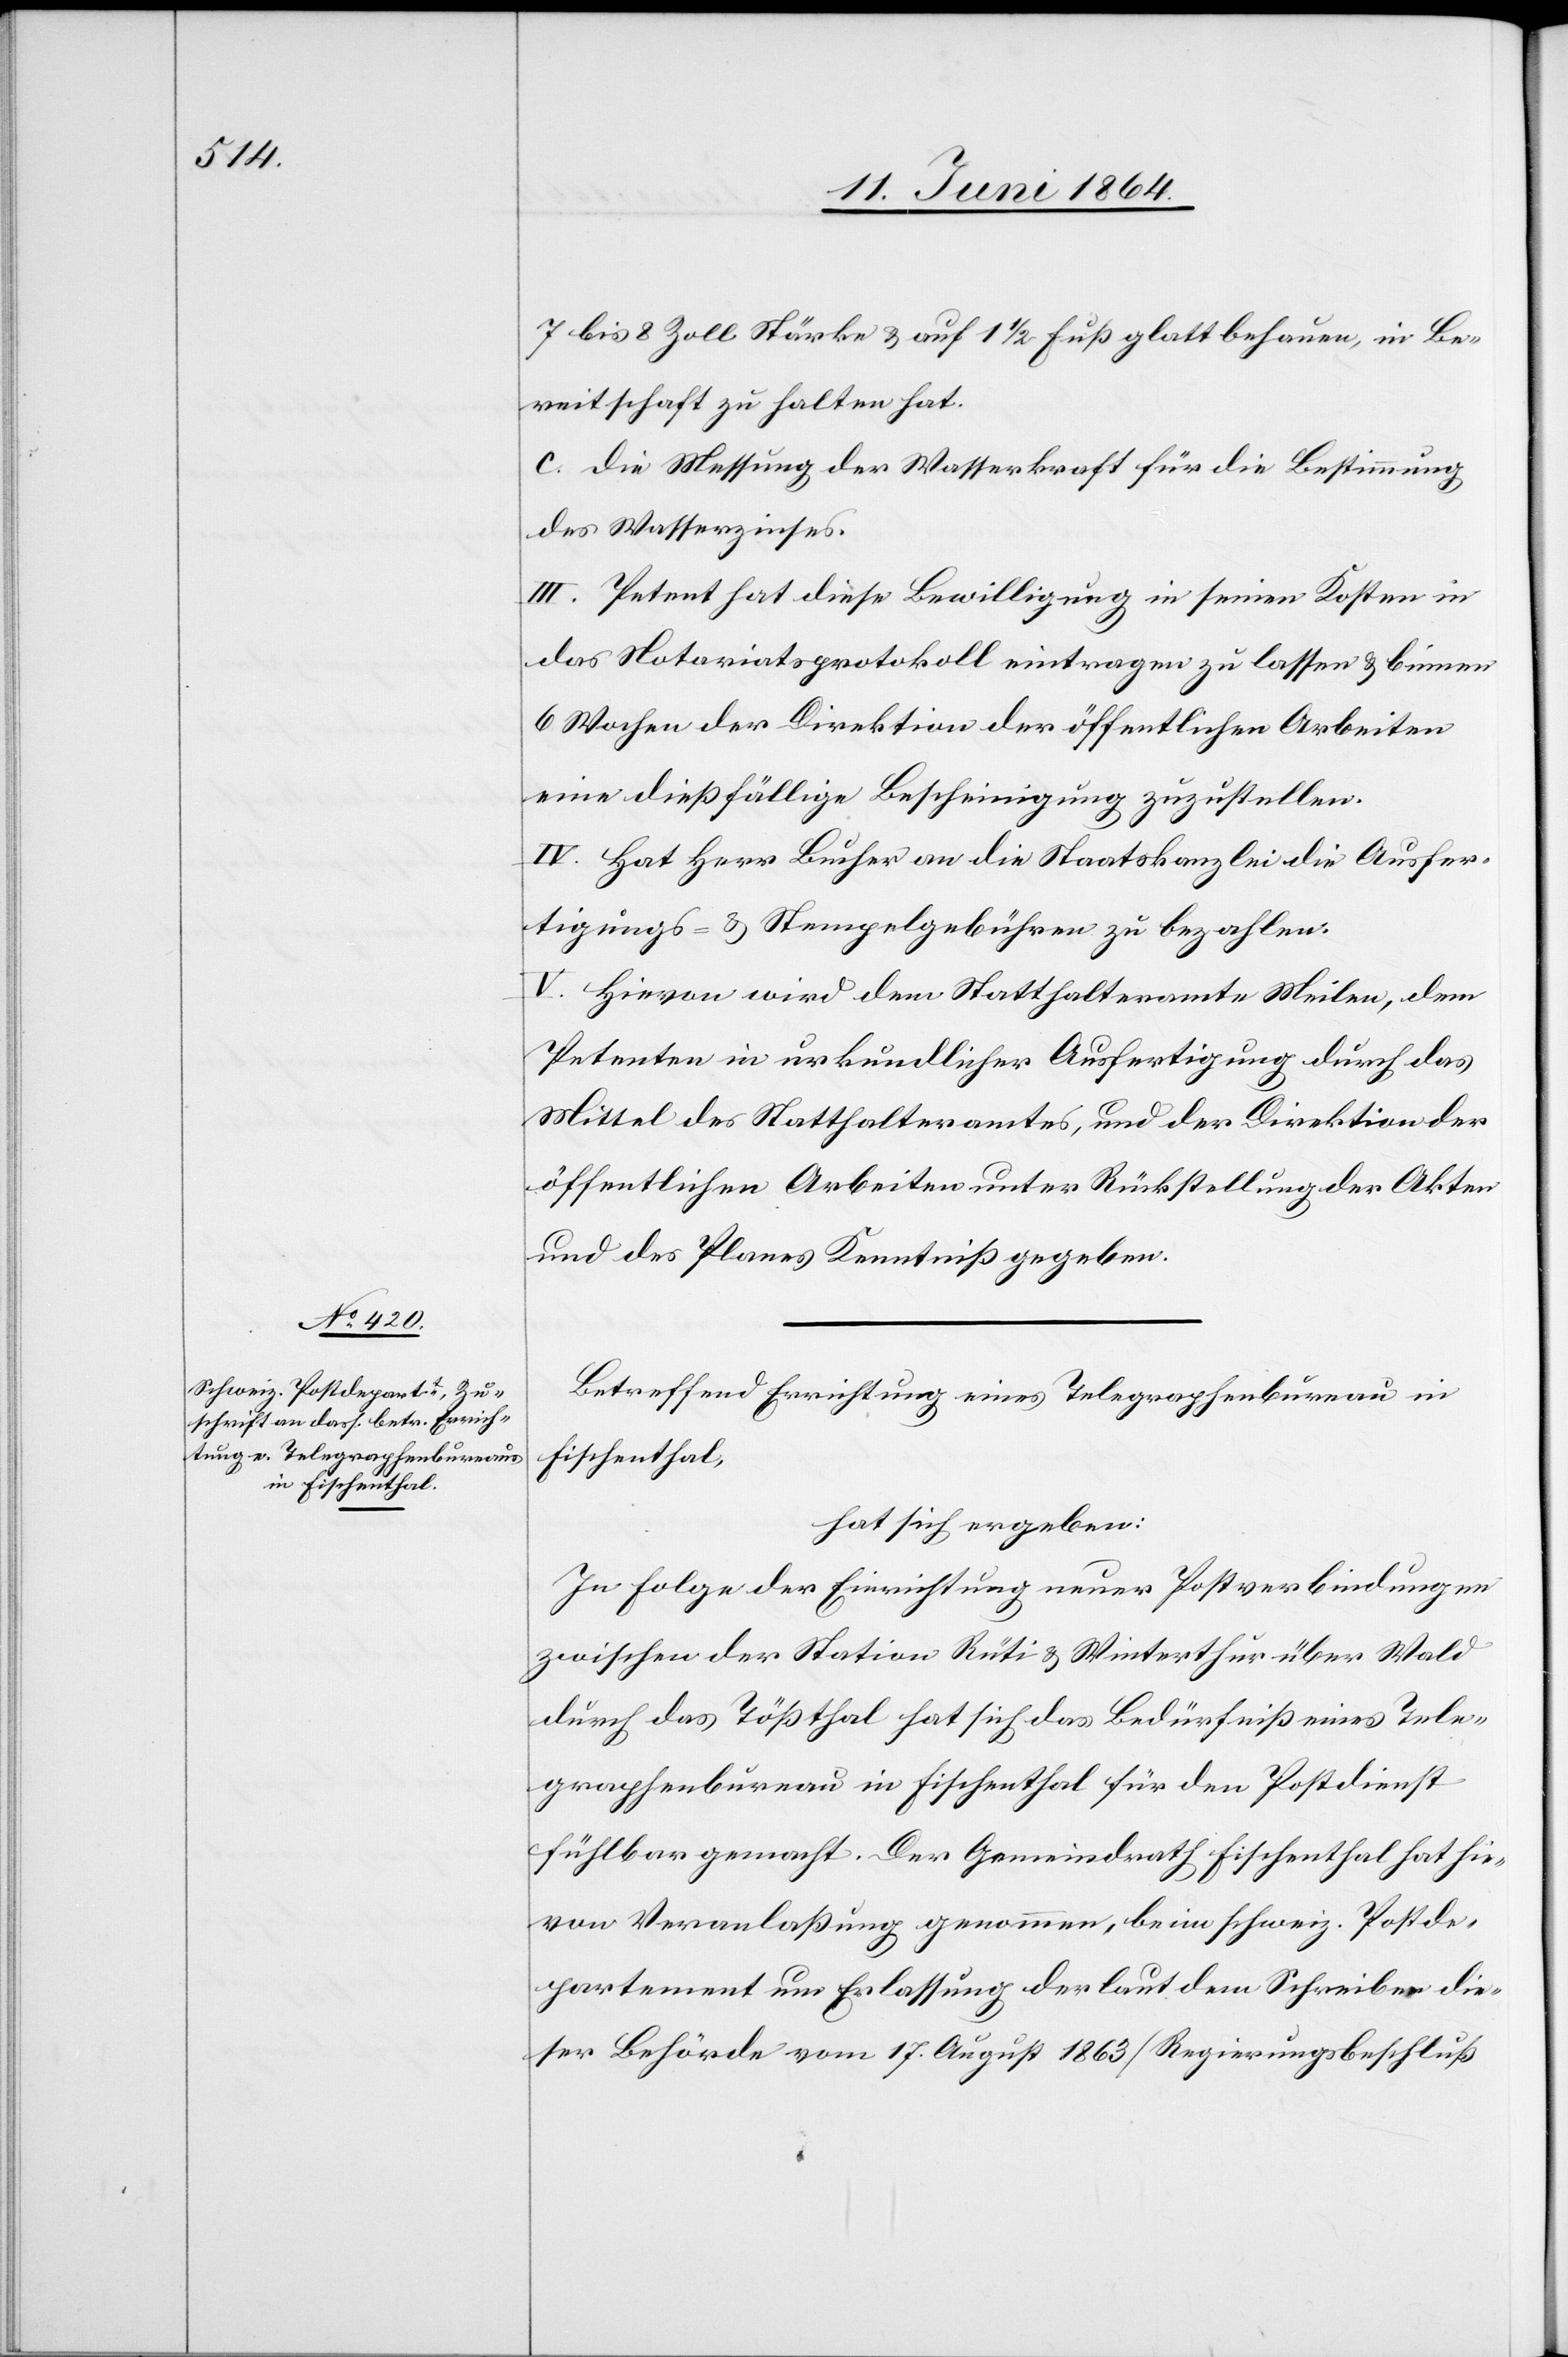
7 bis 8 Zoll Stärke u. auf 1 1/2 Fuß glatt behauen, in Be¬
reitschaft zu halten hat.
c.) die Messung der Wasserkraft für die Bestimmung
des Wasserzinses.
III. Petent hat diese Bewilligung in seinen Kosten in
das Notariatsprotokoll eintragen zu lassen u. binnen
6 Wochen der Direktion der öffentlichen Arbeiten
eine dießfällige Bescheinigung zuzustellen.
IV. Hat Herr Bucher an die Staatskanzlei die Ausfer¬
tigungs- u. Stempelgebühren zu bezahlen.
V. Hievon wird dem Statthalteramte Meilen, dem
Petenten in urkundlicher Ausfertigung durch das
Mittel des Statthalteramtes, und der Direktion der
öffentlichen Arbeiten unter Rückstellung der Akten
und des Planes Kenntniß gegeben.
Betreffend Errichtung eines Telegraphenbureau in
Fischenthal,
hat sich ergeben:
In Folge der Einrichtung neuer Postverbindungen
zwischen der Station Rüti u. Winterthur über Wald
durch das Tößthal hat sich das Bedürfnis eines Tele¬
graphenbureau in Fischenthal für den Postdienst
fühlbar gemacht. Der Gemeindrath Fischenthal hat hie¬
von Veranlaßung genommen, beim schweiz. Postde¬
partement um Erlassung der laut dem Schreiber die¬
ser Behörde vom 17. August 1863 (Regierungsbeschluß